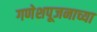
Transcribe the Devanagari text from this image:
गणेशपूजनाच्या